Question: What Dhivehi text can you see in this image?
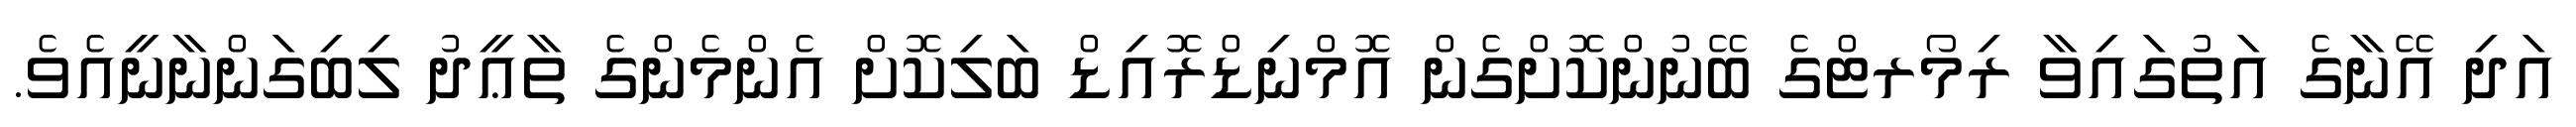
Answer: އަދި އޭނާގެ އަތުގައިވާ ރިމޯރޓްގެ ބޭނުންކޮށްގެން އޮމްނިޑްރޮއިޑް ބަލިކޮށް އެންމެންގެ ތާޢީދު ލިބިގަންނާނީއެވެ.